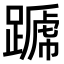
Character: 𨄪